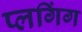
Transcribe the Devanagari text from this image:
प्लगिंग